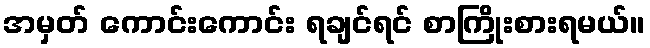
အမှတ် ကောင်းကောင်း ရချင်ရင် စာကြိုးစားရမယ်။